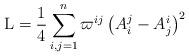
LaTeX: \begin{align*}{\rm L}=\frac{1}{4}\sum_{i,j=1}^n\varpi^{ij} \left(A^j_i - A^i_j\right)^2\end{align*}